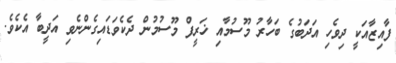
ފާއިޒާއަކީ ދިވެހި އަދަބުގެ ބަހާރު މޫސުމާއި ޚަރީފް މޫސުމުން ދެކެވަޑައިގެންނެވި އަދީބާ އެކެވެ.